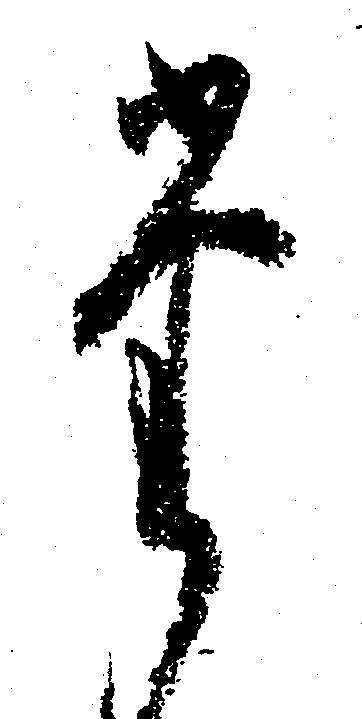
た